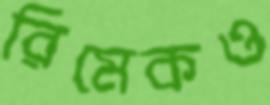
রিমেকও